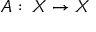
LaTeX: A : \, X \to X